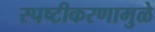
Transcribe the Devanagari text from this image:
स्पष्टीकरणामुळे